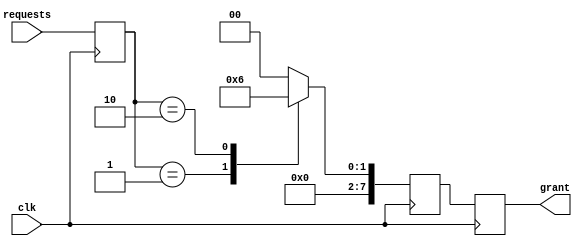
module parallel_arbiter (
  input wire [7:0] requests,
  input wire clk,
  output reg [7:0] grant
);

reg [7:0] priority;
reg [7:0] grant_temp;

always @ (posedge clk) begin
  // Assigning priority based on requests
  priority <= requests;
  
  // Determining grant based on priority
  case (priority)
    8'b00000001: grant_temp <= 8'b00000001; // Example priority assignment
    8'b00000010: grant_temp <= 8'b00000010;
    // Add more priority assignments as needed
    default: grant_temp <= 8'b00000000; // Default grant if no requests
  endcase
end

always @ (posedge clk) begin
  grant <= grant_temp;
end

endmodule